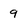
Character: 9